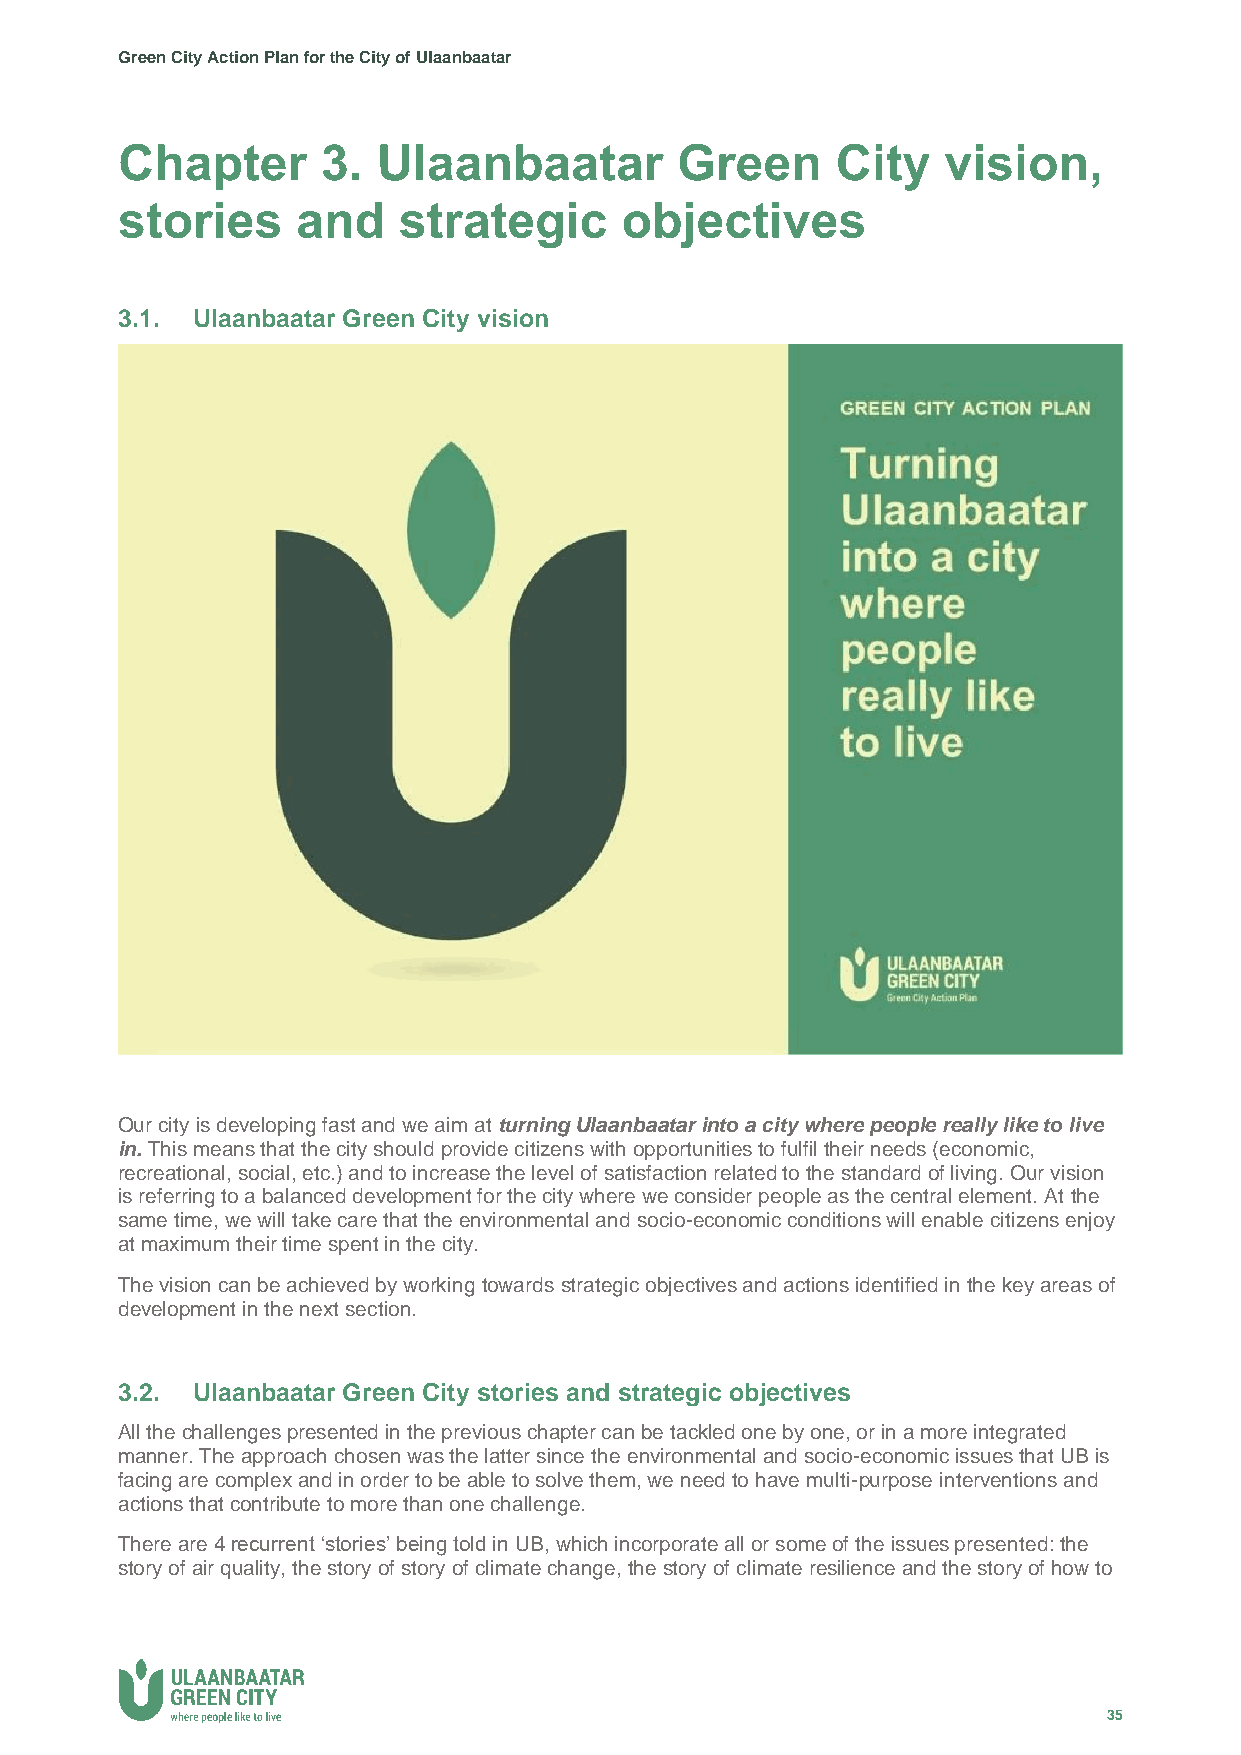
Green City Action Plan for the City of Ulaanbaatar
 Chapter      3.  Ulaanbaatar         Green     City   vision,
 stories     and   strategic      objectives
 3.1. Ulaanbaatar Green City vision
 Our city is developing fast and we aim at turning Ulaanbaatar into a city where people really like to live
 in. This means that the city should provide citizens with opportunities to fulfil their needs (economic,
 recreational, social, etc.) and to increase the level of satisfaction related to the standard of living. Our vision
 is referring to a balanced development for the city where we consider people as the central element. At the
 same time, we will take care that the environmental and socio-economic conditions will enable citizens enjoy
 at maximum their time spent in the city.
 The vision can be achieved by working towards strategic objectives and actions identified in the key areas of
 development in the next section.
 3.2. Ulaanbaatar Green City stories and strategic objectives
 All the challenges presented in the previous chapter can be tackled one by one, or in a more integrated
 manner. The approach chosen was the latter since the environmental and socio-economic issues that UB is
 facing are complex and in order to be able to solve them, we need to have multi-purpose interventions and
 actions that contribute to more than one challenge.
 There are 4 recurrent ‘stories’ being told in UB, which incorporate all or some of the issues presented: the
 story of air quality, the story of story of climate change, the story of climate resilience and the story of how to
 35